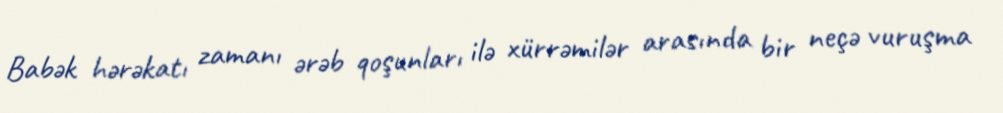
Babək hərəkatı zamanı ərəb qoşunları ilə xürrəmilər arasında bir neçə vuruşma